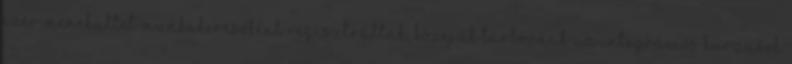
ezer menekültet munkakeresőként regisztráltak, közéjük tartoznak az integrációs kurzusok